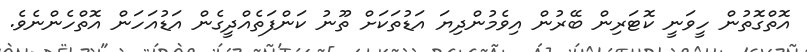
އޮތްގޮތުން ހީވަނީ ކޮޓަރިން ބޭރުން އިވެމުންދިޔަ އަޑުތަކަށް ތޫނު ކަންފަތެއްދީގެން އަޑުއަހަން އޮތްހެންނެވެ.